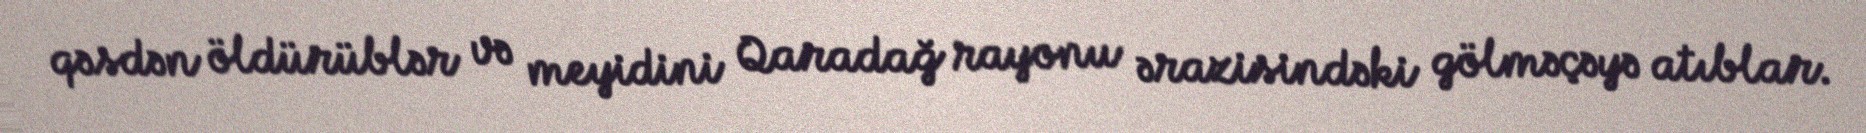
qəsdən öldürüblər və meyidini Qaradağ rayonu ərazisindəki gölməçəyə atıblar.